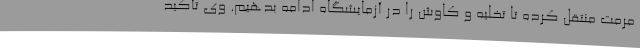
مرمت منتقل کرده تا تخلیه و کاوش را در آزمایشگاه ادامه بدهیم. وی تأکید